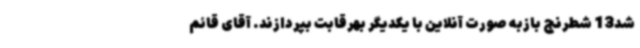
شد13 شطرنج بازبه صورت آنلاین با یکدیگر بهرقابت بپردازند. آقای قائم